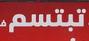
تبتسم